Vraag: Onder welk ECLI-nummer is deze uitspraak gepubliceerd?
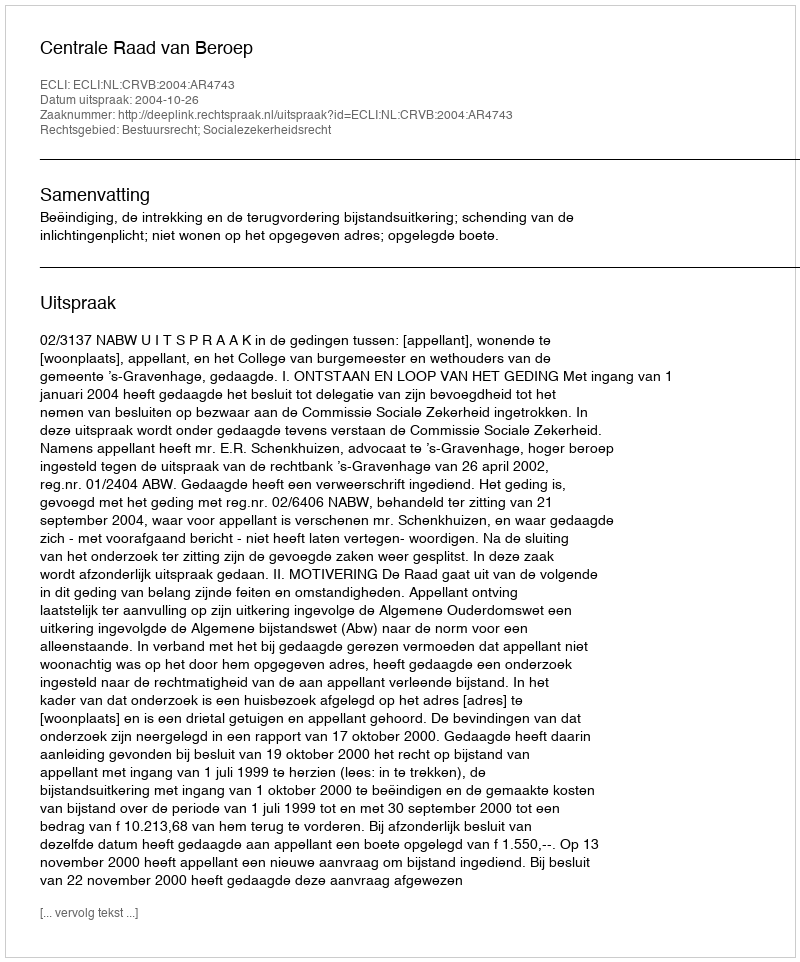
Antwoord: ECLI:NL:CRVB:2004:AR4743